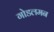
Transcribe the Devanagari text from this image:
गोडलमन